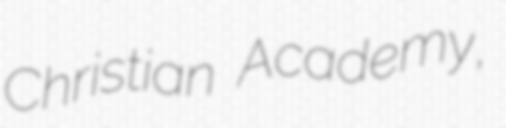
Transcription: Christian Academy,